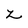
Character: z